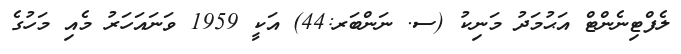
ލެފްޓިނެންޓް އަޙުމަދު މަނިކު (ސ. ނަންބަރ:44) އަކީ 1959 ވަނައަހަރު މެއި މަހުގެ